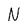
Character: N